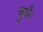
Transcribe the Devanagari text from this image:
बुधैः